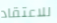
للاعتقاد